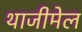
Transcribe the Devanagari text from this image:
थाजीमेल